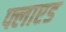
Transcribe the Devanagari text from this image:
फ्लाएड